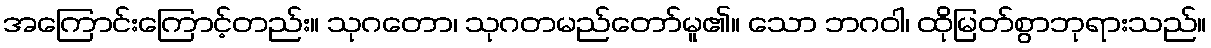
အကြောင်းကြောင့်တည်း။ သုဂတော၊ သုဂတမည်တော်မူ၏။ သော ဘဂဝါ၊ ထိုမြတ်စွာဘုရားသည်။